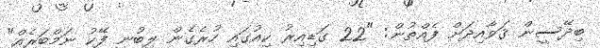
ބިދޭސީން ޤަވާއިދަށް ފެއްތުން: "22 ގަޑިއިރު ކިއުގައި ހުރެގެން ލިބުނީ ފޭކު ނަމްބަރެއް"